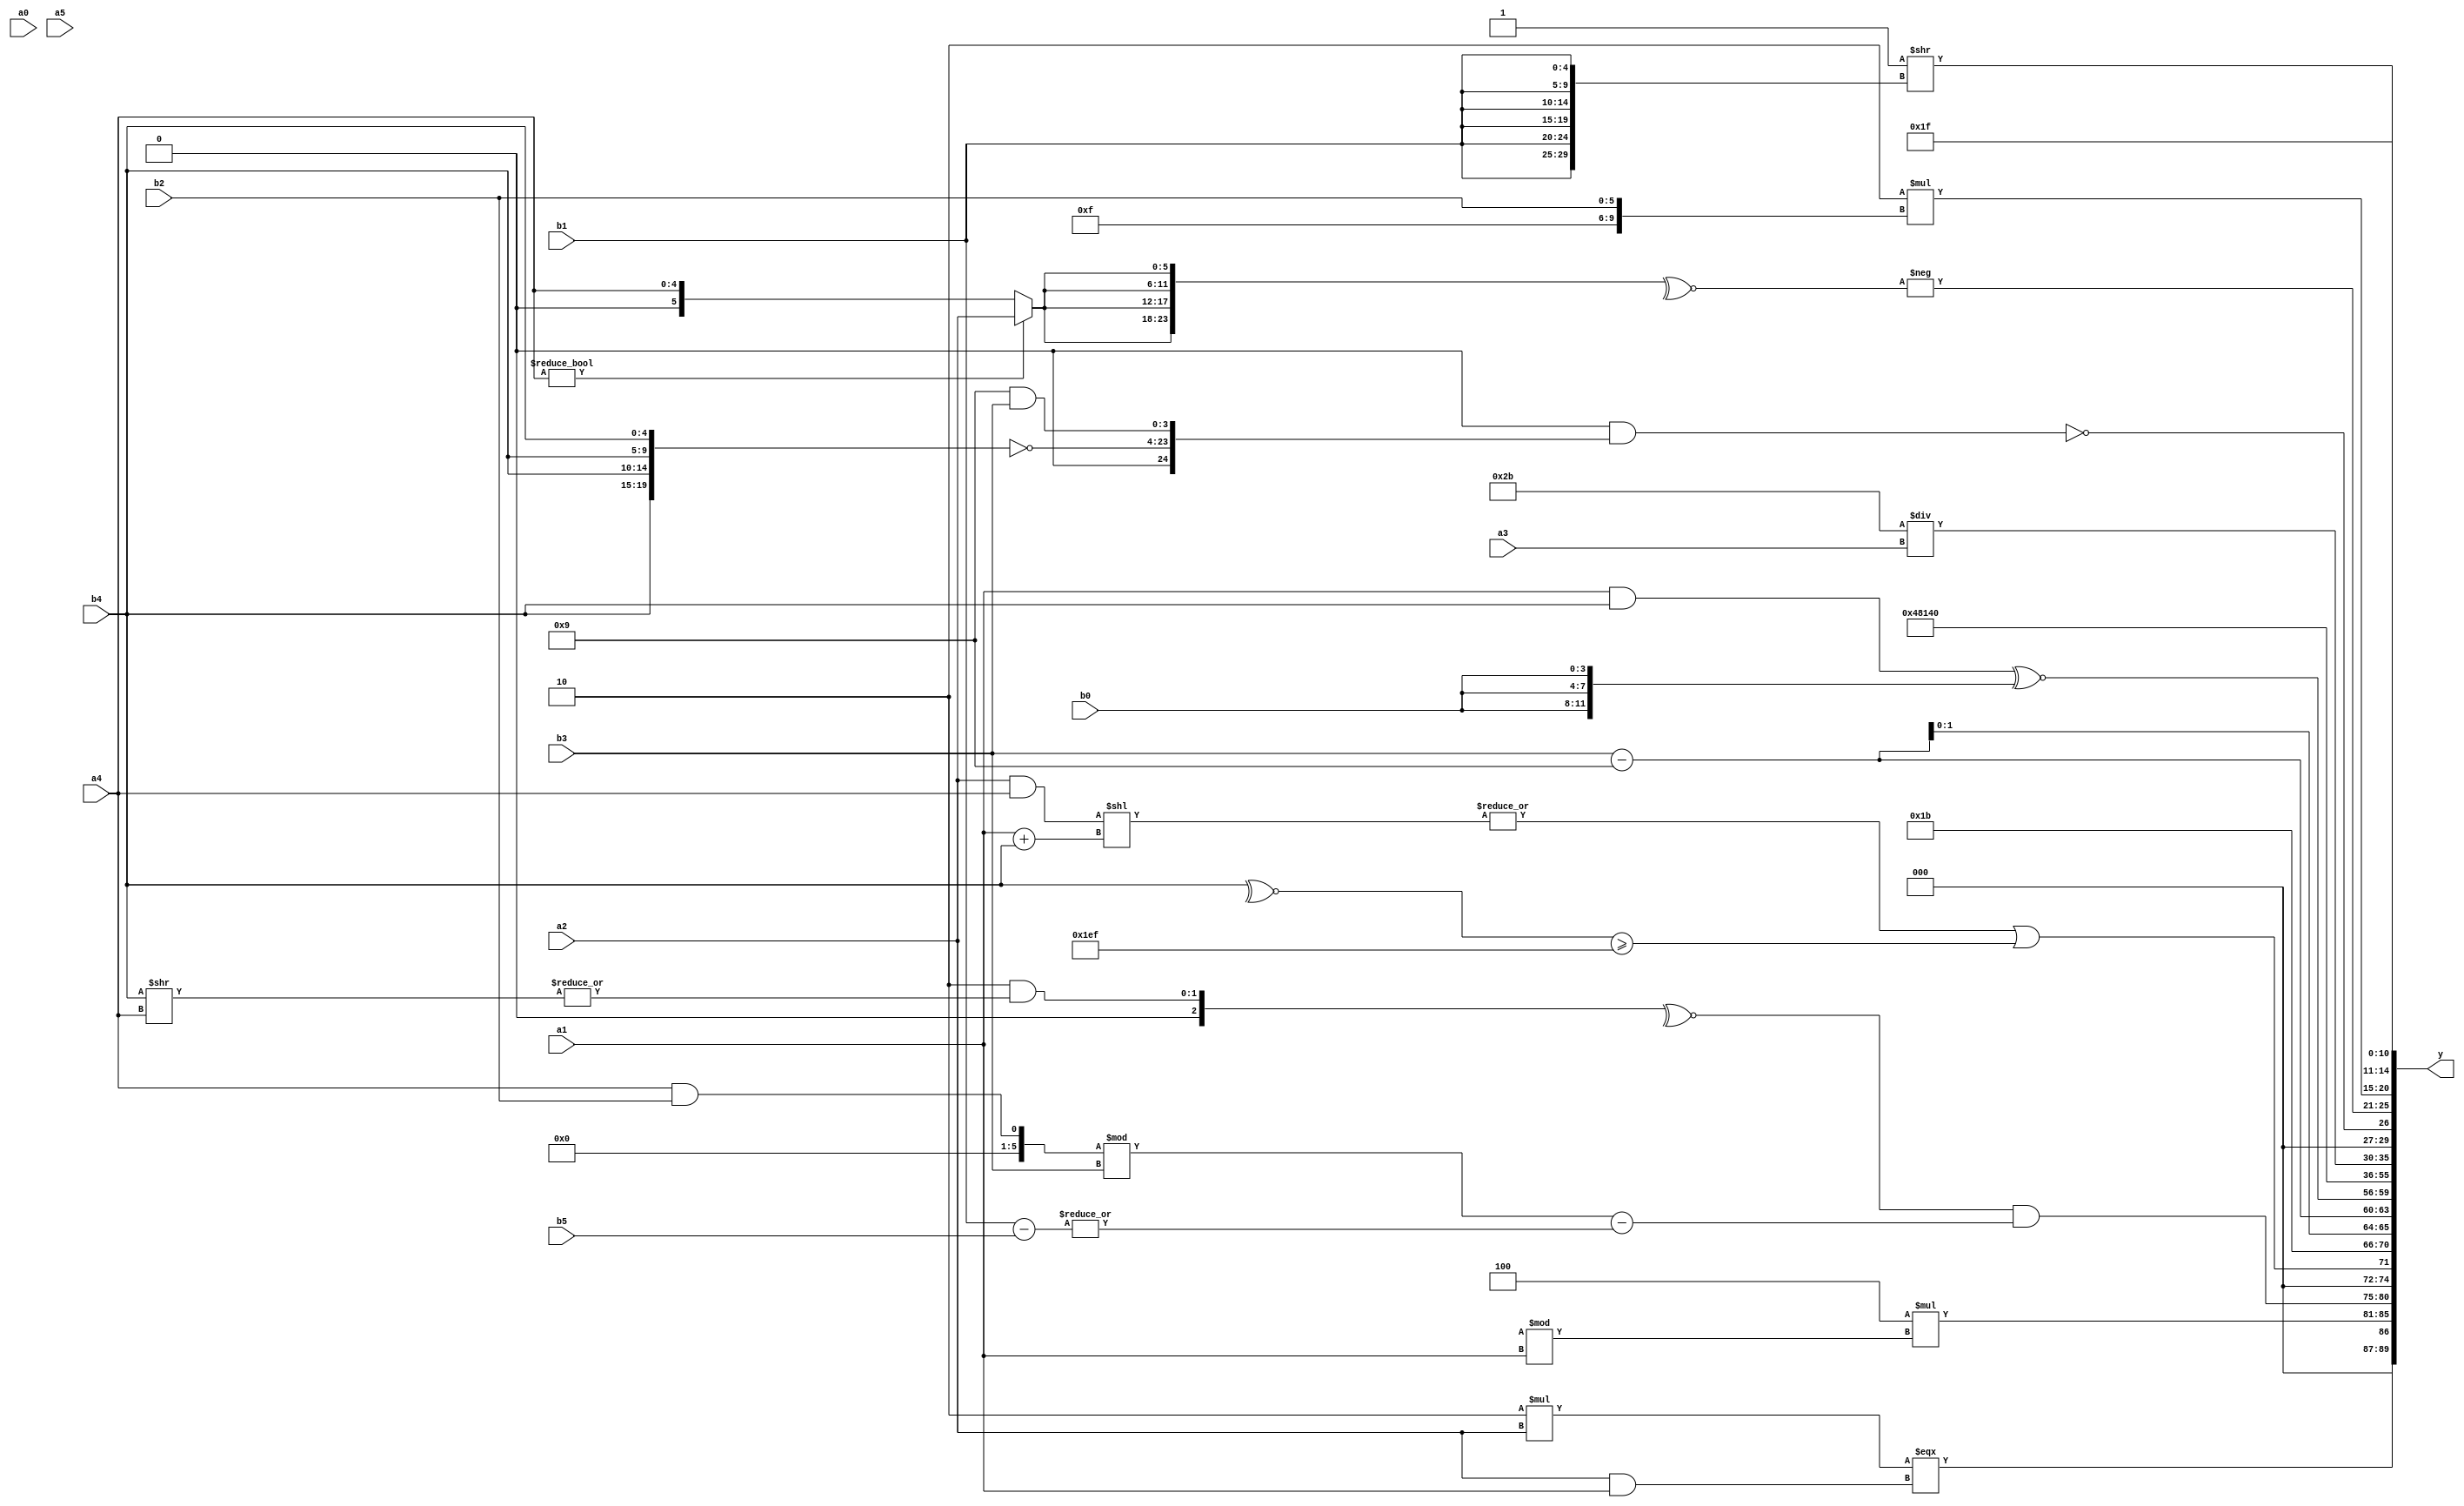
module expression_00411(a0, a1, a2, a3, a4, a5, b0, b1, b2, b3, b4, b5, y);
  input [3:0] a0;
  input [4:0] a1;
  input [5:0] a2;
  input signed [3:0] a3;
  input signed [4:0] a4;
  input signed [5:0] a5;

  input [3:0] b0;
  input [4:0] b1;
  input [5:0] b2;
  input signed [3:0] b3;
  input signed [4:0] b4;
  input signed [5:0] b5;

  wire [3:0] y0;
  wire [4:0] y1;
  wire [5:0] y2;
  wire signed [3:0] y3;
  wire signed [4:0] y4;
  wire signed [5:0] y5;
  wire [3:0] y6;
  wire [4:0] y7;
  wire [5:0] y8;
  wire signed [3:0] y9;
  wire signed [4:0] y10;
  wire signed [5:0] y11;
  wire [3:0] y12;
  wire [4:0] y13;
  wire [5:0] y14;
  wire signed [3:0] y15;
  wire signed [4:0] y16;
  wire signed [5:0] y17;

  output [89:0] y;
  assign y = {y0,y1,y2,y3,y4,y5,y6,y7,y8,y9,y10,y11,y12,y13,y14,y15,y16,y17};

  localparam [3:0] p0 = ((&{1{((2'd0)>(-5'sd1))}})+{4{(2'd3)}});
  localparam [4:0] p1 = {4{(3'd0)}};
  localparam [5:0] p2 = ((-2'sd0)?(4'd10):(4'd0));
  localparam signed [3:0] p3 = {4{{3{(4'd10)}}}};
  localparam signed [4:0] p4 = ((2'd0)||(2'd3));
  localparam signed [5:0] p5 = ((((3'd4)?(5'sd3):(4'd5))>>>((-3'sd0)<(5'd21)))?{2{{4{(5'sd11)}}}}:((4'sd2)?(-5'sd12):(4'd4)));
  localparam [3:0] p6 = {({{4{(2'd1)}},(+(3'd3))}|({(2'd2)}!=((4'd15)===(5'd13)))),(^{1{(~^(~|{1{(~(!(3'd6)))}}))}})};
  localparam [4:0] p7 = ({{(-3'sd3),(4'd12),(4'd0)},((-(3'd1))<<(~|(2'd3)))}|(((3'sd2)!=(5'd3))?((5'd18)?(4'd12):(5'd2)):((3'd6)?(4'd11):(-3'sd0))));
  localparam [5:0] p8 = ((&((2'd1)?(4'sd0):(-5'sd8)))<<<((&(-4'sd2))<<(~^(2'd3))));
  localparam signed [3:0] p9 = (+(2'sd0));
  localparam signed [4:0] p10 = (5'sd13);
  localparam signed [5:0] p11 = {((-4'sd0)<(5'sd12)),{(5'sd13),(3'd1),(2'd1)}};
  localparam [3:0] p12 = ((3'd7)^~(2'sd1));
  localparam [4:0] p13 = {1{((4'sd6)?((2'sd1)?(-4'sd0):(-3'sd1)):(((5'd29)<(-2'sd1))==((-3'sd2)?(4'd15):(4'd12))))}};
  localparam [5:0] p14 = {2{(^((-4'sd2)<(-3'sd0)))}};
  localparam signed [3:0] p15 = (|((((4'd5)^~(2'd0))>>>((5'sd12)===(2'sd0)))<=(6'd2 * (~&(+(5'd11))))));
  localparam signed [4:0] p16 = {{{{(5'sd10)}},((5'd19)+(4'd3))},({(-4'sd4),(3'd1)}>=((2'sd1)|(3'd2)))};
  localparam signed [5:0] p17 = {2{(-2'sd0)}};

  assign y0 = ({(4'd2 * (4'd12))}?({(5'd2 * a2)}===(a2&&a1)):(~{2{(b2&b1)}}));
  assign y1 = ((4'sd4)*(p9%a1));
  assign y2 = ((~^((3'd2)&(|(b4>>a4))))&(((a4&&b2)%b3)-(~^(~|(b1-b5)))));
  assign y3 = ((|((a2&a4)<<(a1+b4)))|((~^b4)>={2{p7}}));
  assign y4 = (-4'sd5);
  assign y5 = {3{(b3-p12)}};
  assign y6 = ((a1&&b4)^~{3{b0}});
  assign y7 = ({p2,p13,p6}?(p0?p12:p10):(!(a4?b4:p9)));
  assign y8 = (~^(~&(5'd27)));
  assign y9 = {(+(|(&{(-(a2===b0)),(a5^~p12)}))),{((|p6)),(a0==p12),{p8,p3}}};
  assign y10 = $unsigned((!((-$signed($signed($unsigned((3'd2)))))&&((2'sd0)<=(&(5'sd7))))));
  assign y11 = (p5/a3);
  assign y12 = (!((!(~(+{{1{(+p12)}},{2{p10}}})))&&{(^{4{p8}}),(~{4{b4}}),(p12&b3)}));
  assign y13 = (-(~^{4{(a4?a2:a4)}}));
  assign y14 = (5'd2 * {p1,p7,b2});
  assign y15 = ($signed(({3{(^(~&p2))}}))>>$unsigned({1{{2{{3{b1}}}}}}));
  assign y16 = {{(b4||a5),(b5==p2)},({p4}?(p1>>b3):{b3,p15}),(({p1,p0,p1}>>>$unsigned((p11<<p7))))};
  assign y17 = (($unsigned(((5'sd5)<={2{p5}})))^(5'd30));
endmodule